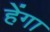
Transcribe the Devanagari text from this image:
हेंगा